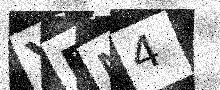
Text: YFN4